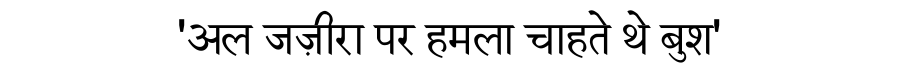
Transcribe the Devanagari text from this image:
'अल जज़ीरा पर हमला चाहते थे बुश'